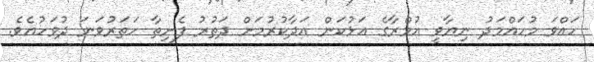
ހައްވަ މުހައްމަދު ނިޔާވީ އުމްރާގެ އަޅުކަން އަދާކުރުމަށް ދަތުރު ފެށިތާ ހަތަރުވަނަ ދުވަހުއެވެ.